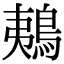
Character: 鴺